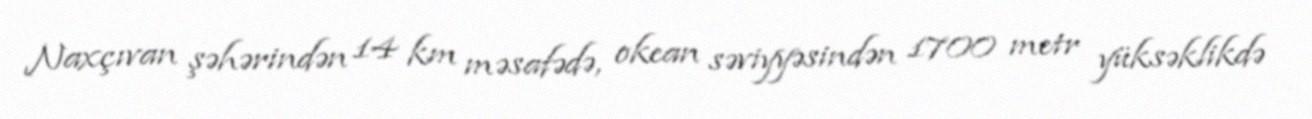
Naxçıvan şəhərindən 14 km məsafədə, okean səviyyəsindən 1700 metr yüksəklikdə